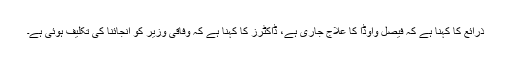
ذرائع کا کہنا ہے کہ فیصل واوڈا کا علاج جاری ہے، ڈاکٹرز کا کہنا ہے کہ وفاقی وزیر کو انجائنا کی تکلیف ہوئی ہے۔